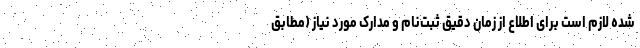
شده لازم است برای اطلاع از زمان دقیق ثبت‌نام و مدارک مورد نیاز (مطابق